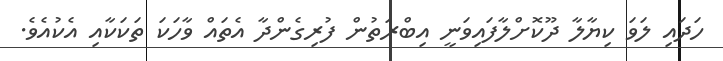
ހަދައި ލަވަ ކިޔާލާ ދޫކޮށްލާފައިވަނީ އިބްރަތުން ފުރިގެންދާ އެތައް ވާހަކަ ތަކަކާއި އެކުއެވެ.